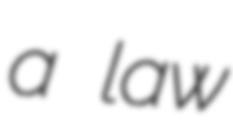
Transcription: a law